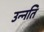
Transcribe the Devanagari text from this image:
उन्‍नति